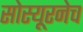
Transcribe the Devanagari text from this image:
सोस्यूरनेच